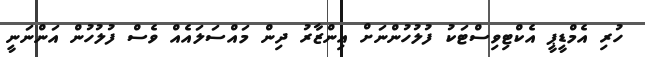
ހުރި އެމްޑީޕީ އެކްޓިވިސްޓަކު ފުލުހުންނަށް އިންޒާރު ދިން މައްސަލައެއް ވެސް ފުލުހުން އަންނަނީ